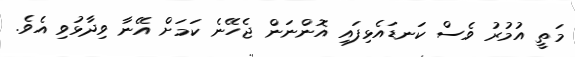
މަތީ އުމުރު ވެސް ކަނޑައެޅިފައި އޮންނަން ޖެހޭނެ ކަމަށް އޭނާ ވިދާޅުވި އެވެ.